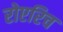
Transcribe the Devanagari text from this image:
रोएरिच